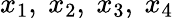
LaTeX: x_{1},\ x_{2},\ x_{3},\ x_{4}